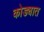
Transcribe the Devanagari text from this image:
कोड्यात